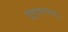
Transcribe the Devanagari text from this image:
सुनृत्यन्तम्‌।